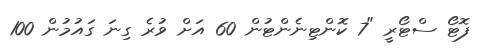
ފޮޓޯ ސްޓޯރީ "7 ކޮންޓިނެންޓުން 60 އަށް ވުރެ ގިނަ ގައުމުން 100